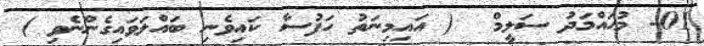
01- މުޙައްމަދު ސަލީމް  ( އައިމިނަތު ހަފުސާ ކައިވެނި ބައްލަވައިގެންނެވި )